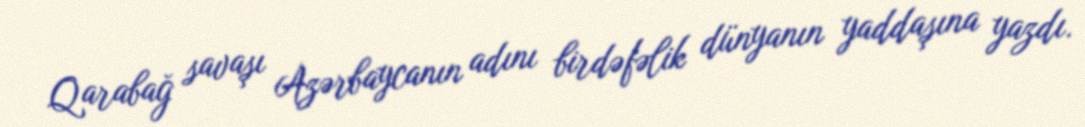
Qarabağ savaşı Azərbaycanın adını birdəfəlik dünyanın yaddaşına yazdı.